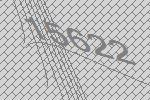
15622